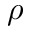
\rho